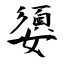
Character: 嬃